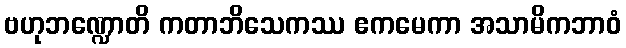
ဗဟုဘဏ္ဍောတိ ကတာဘိသေကဿ ဧကမေကာ အသာမိကဘာဝံ